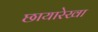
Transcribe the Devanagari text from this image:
छायारेखा